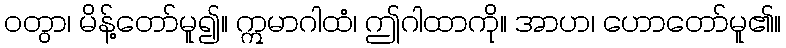
ဝတွာ၊ မိန့်တော်မူ၍။ ဣမာဂါထံ၊ ဤဂါထာကို။ အာဟ၊ ဟောတော်မူ၏။